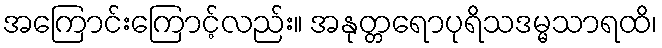
အကြောင်းကြောင့်လည်း။ အနုတ္တရောပုရိသဒမ္မသာရထိ၊